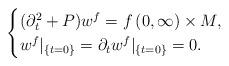
LaTeX: \begin{align*}\begin{cases}(\partial_t^2+P)w^f=f \, (0,\infty)\times M,\\w^f|_{\{t=0\}}=\partial_tw^f|_{ \{t=0\}}=0.\\\end{cases}\end{align*}